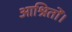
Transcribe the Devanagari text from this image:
आश्रितों।